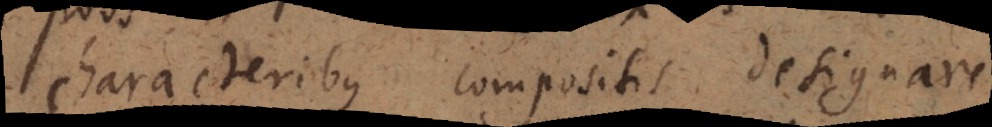
characteribus compositis designare